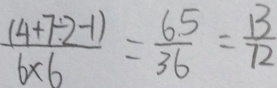
\frac { ( 4 + 7 \div 2 - 1 ) } { 6 \times 6 } = \frac { 6 5 } { 3 6 } = \frac { 1 3 } { 7 2 }